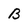
Character: B